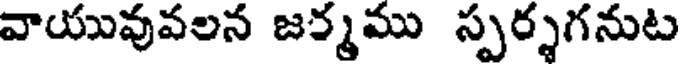
వాయువువలన జన్మము స్పర్శగనుట